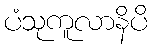
ပံသုကူလာနိပိ